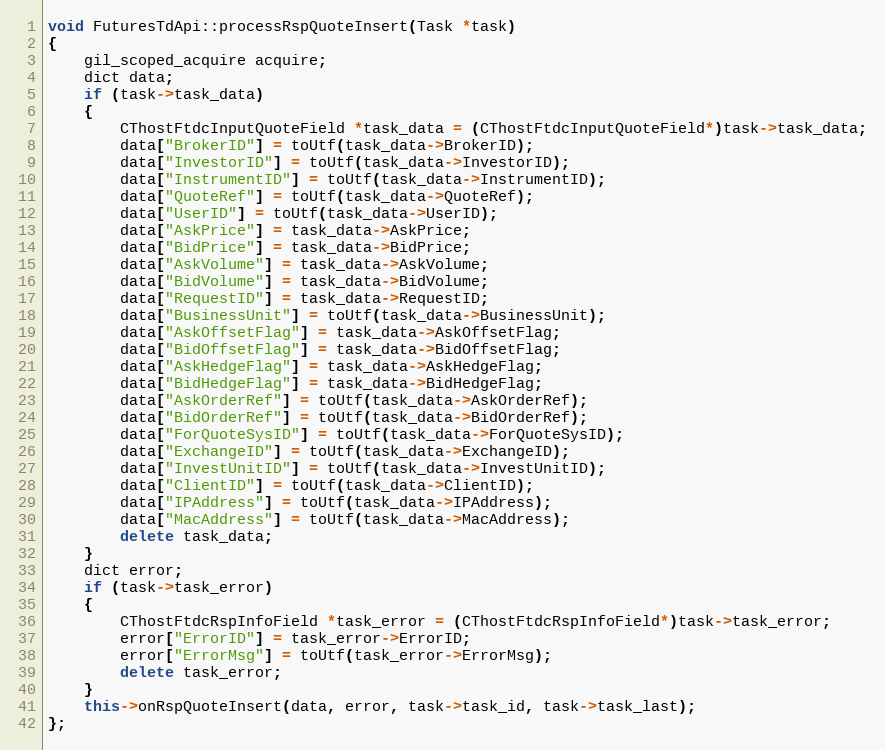
Language: C++
void FuturesTdApi::processRspQuoteInsert(Task *task)
{
	gil_scoped_acquire acquire;
	dict data;
	if (task->task_data)
	{
		CThostFtdcInputQuoteField *task_data = (CThostFtdcInputQuoteField*)task->task_data;
		data["BrokerID"] = toUtf(task_data->BrokerID);
		data["InvestorID"] = toUtf(task_data->InvestorID);
		data["InstrumentID"] = toUtf(task_data->InstrumentID);
		data["QuoteRef"] = toUtf(task_data->QuoteRef);
		data["UserID"] = toUtf(task_data->UserID);
		data["AskPrice"] = task_data->AskPrice;
		data["BidPrice"] = task_data->BidPrice;
		data["AskVolume"] = task_data->AskVolume;
		data["BidVolume"] = task_data->BidVolume;
		data["RequestID"] = task_data->RequestID;
		data["BusinessUnit"] = toUtf(task_data->BusinessUnit);
		data["AskOffsetFlag"] = task_data->AskOffsetFlag;
		data["BidOffsetFlag"] = task_data->BidOffsetFlag;
		data["AskHedgeFlag"] = task_data->AskHedgeFlag;
		data["BidHedgeFlag"] = task_data->BidHedgeFlag;
		data["AskOrderRef"] = toUtf(task_data->AskOrderRef);
		data["BidOrderRef"] = toUtf(task_data->BidOrderRef);
		data["ForQuoteSysID"] = toUtf(task_data->ForQuoteSysID);
		data["ExchangeID"] = toUtf(task_data->ExchangeID);
		data["InvestUnitID"] = toUtf(task_data->InvestUnitID);
		data["ClientID"] = toUtf(task_data->ClientID);
		data["IPAddress"] = toUtf(task_data->IPAddress);
		data["MacAddress"] = toUtf(task_data->MacAddress);
		delete task_data;
	}
	dict error;
	if (task->task_error)
	{
		CThostFtdcRspInfoField *task_error = (CThostFtdcRspInfoField*)task->task_error;
		error["ErrorID"] = task_error->ErrorID;
		error["ErrorMsg"] = toUtf(task_error->ErrorMsg);
		delete task_error;
	}
	this->onRspQuoteInsert(data, error, task->task_id, task->task_last);
};